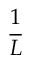
\frac { 1 } { L }